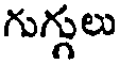
గుగ్గులు